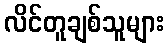
လိင်တူချစ်သူများ